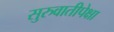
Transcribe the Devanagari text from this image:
सुरुवातीपेक्षा